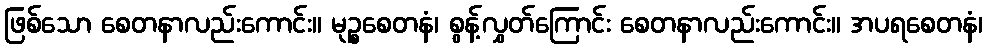
ဖြစ်သော စေတနာလည်းကောင်း။ မုဉ္စစေတနံ၊ စွန့်လွှတ်ကြောင်း စေတနာလည်းကောင်း။ အပရစေတနံ၊